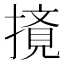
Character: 𰔤